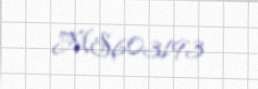
MS603193